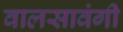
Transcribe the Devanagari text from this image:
वालसावंगी